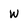
Character: w